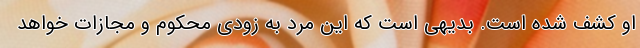
او كشف شده است. بديهي است كه اين مرد به زودي محكوم و مجازات خواهد